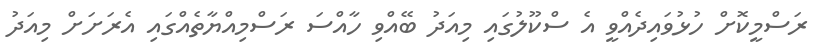
ރަސްމީކޮށް ހުޅުވައިދެއްވީ އެ ސްކޫލުގައި މިއަދު ބޭއްވި ހާއްސަ ރަސްމިއްޔާތެއްގައި އެރަށަށް މިއަދު